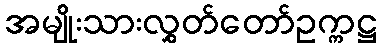
အမျိုးသားလွှတ်တော်ဥက္ကဋ္ဌ